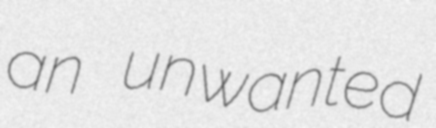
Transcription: an unwanted